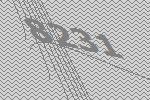
8231